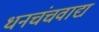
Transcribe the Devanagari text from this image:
धनचंचवाद्य